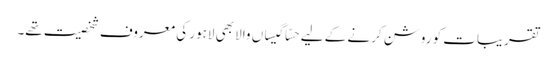
تقریبات کو روشن کرنے کے لیے حسّا گیساں والا بھی لاہور کی معروف شخصیت تھے۔